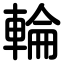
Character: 輪